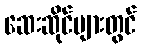
ဆေးဆိုင်များတွင်